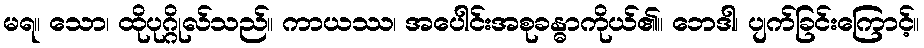
မရ။ သော၊ ထိုပုဂ္ဂိုလ်သည်။ ကာယဿ၊ အပေါင်းအစုခန္ဓာကိုယ်၏။ ဘေဒါ၊ ပျက်ခြင်းကြောင့်။